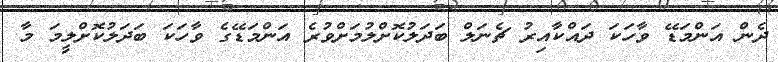
ދެން އަންމަޑޭ ވާހަކަ ދައްކާއިރު ޗެނަލް ބަދަލުކޮށްލުމަށްވުރެ އަންމަޑޭގެ ވާހަކަ ބަދަލުކޮށްލީމަ މާ